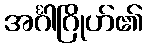
အင်္ဂါဂြိုဟ်၏